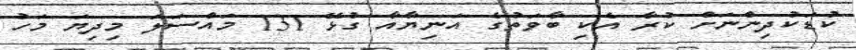
ކުޑަކުދިންނަށް ކުރާ އެކި ބާވަތުގެ އަނިޔާއާ ގުޅޭ 131 މައްސަލަ މިދިޔަ މަހު